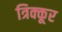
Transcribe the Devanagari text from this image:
त्रिक्कूर